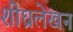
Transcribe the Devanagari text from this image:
शीघ्रलेखन